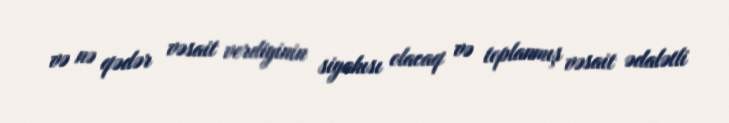
və nə qədər vəsait verdiyinin siyahısı olacaq və toplanmış vəsait ədalətli